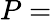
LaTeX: P=